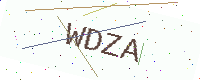
Text: WDZA